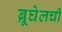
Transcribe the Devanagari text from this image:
ब्रूघेलची